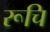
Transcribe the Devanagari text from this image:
रूचि